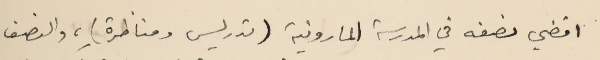
اقضي نصفه في المدرسة المارونية (تدريس ومناظرة)، والنصف